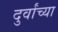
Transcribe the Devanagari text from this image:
दुर्वांच्या